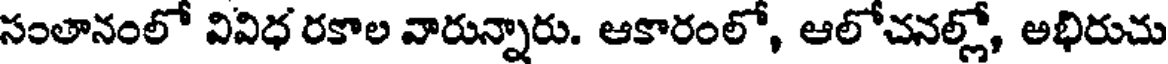
సంతానంలో వివిధ రకాల వారున్నారు. ఆకారంలో, ఆలోచనల్లో, అభిరుచు